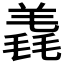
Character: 𣯠